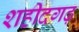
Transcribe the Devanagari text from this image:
शहीदगढ़